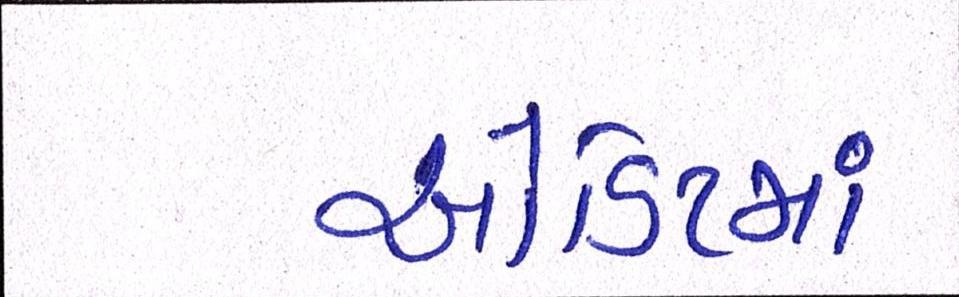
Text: ઓડિટમાં